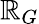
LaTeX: \mathbb{R}_{G}